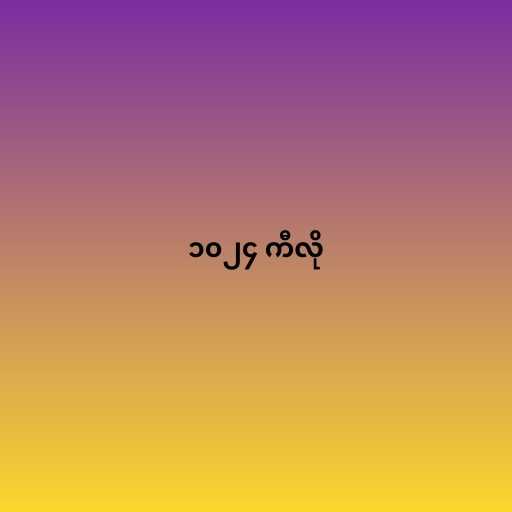
၁၀၂၄ ကီလို